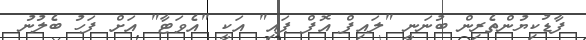
ފާޑުކިޔުންތެރިން ބުނަނީ "ލައިފް އޮފް ޕައި" އަކީ "އެވަޓާ" އަށް ފަހު ބެލުނު